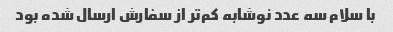
با سلام سه عدد نوشابه کم‌تر از سفارش ارسال شده بود